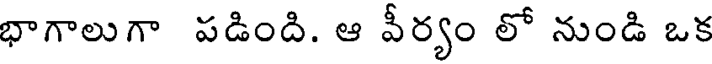
భాగాలుగా పడింది. ఆ వీర్యం లో నుండి ఒక